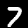
Digit: 7